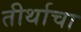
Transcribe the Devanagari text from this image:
तीर्थाचा